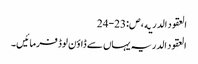
العقود الدریه ، ص:23-24
العقود الدریہ یہاں سے ڈاؤن لوڈ فرمائیں۔